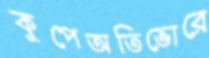
কুপেঅতিভোরে